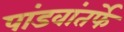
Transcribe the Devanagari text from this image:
पांडवांतर्फे